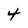
Character: 4